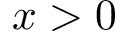
x > 0